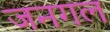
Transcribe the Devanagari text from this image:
जनगल